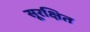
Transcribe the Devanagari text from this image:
सूरक्षित